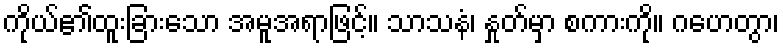
ကိုယ်၏ထူးခြားသော အမူအရာဖြင့်။ သာသနံ၊ နှုတ်မှာ စကားကို။ ဂဟေတွာ၊